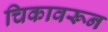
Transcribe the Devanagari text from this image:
चिकावरून